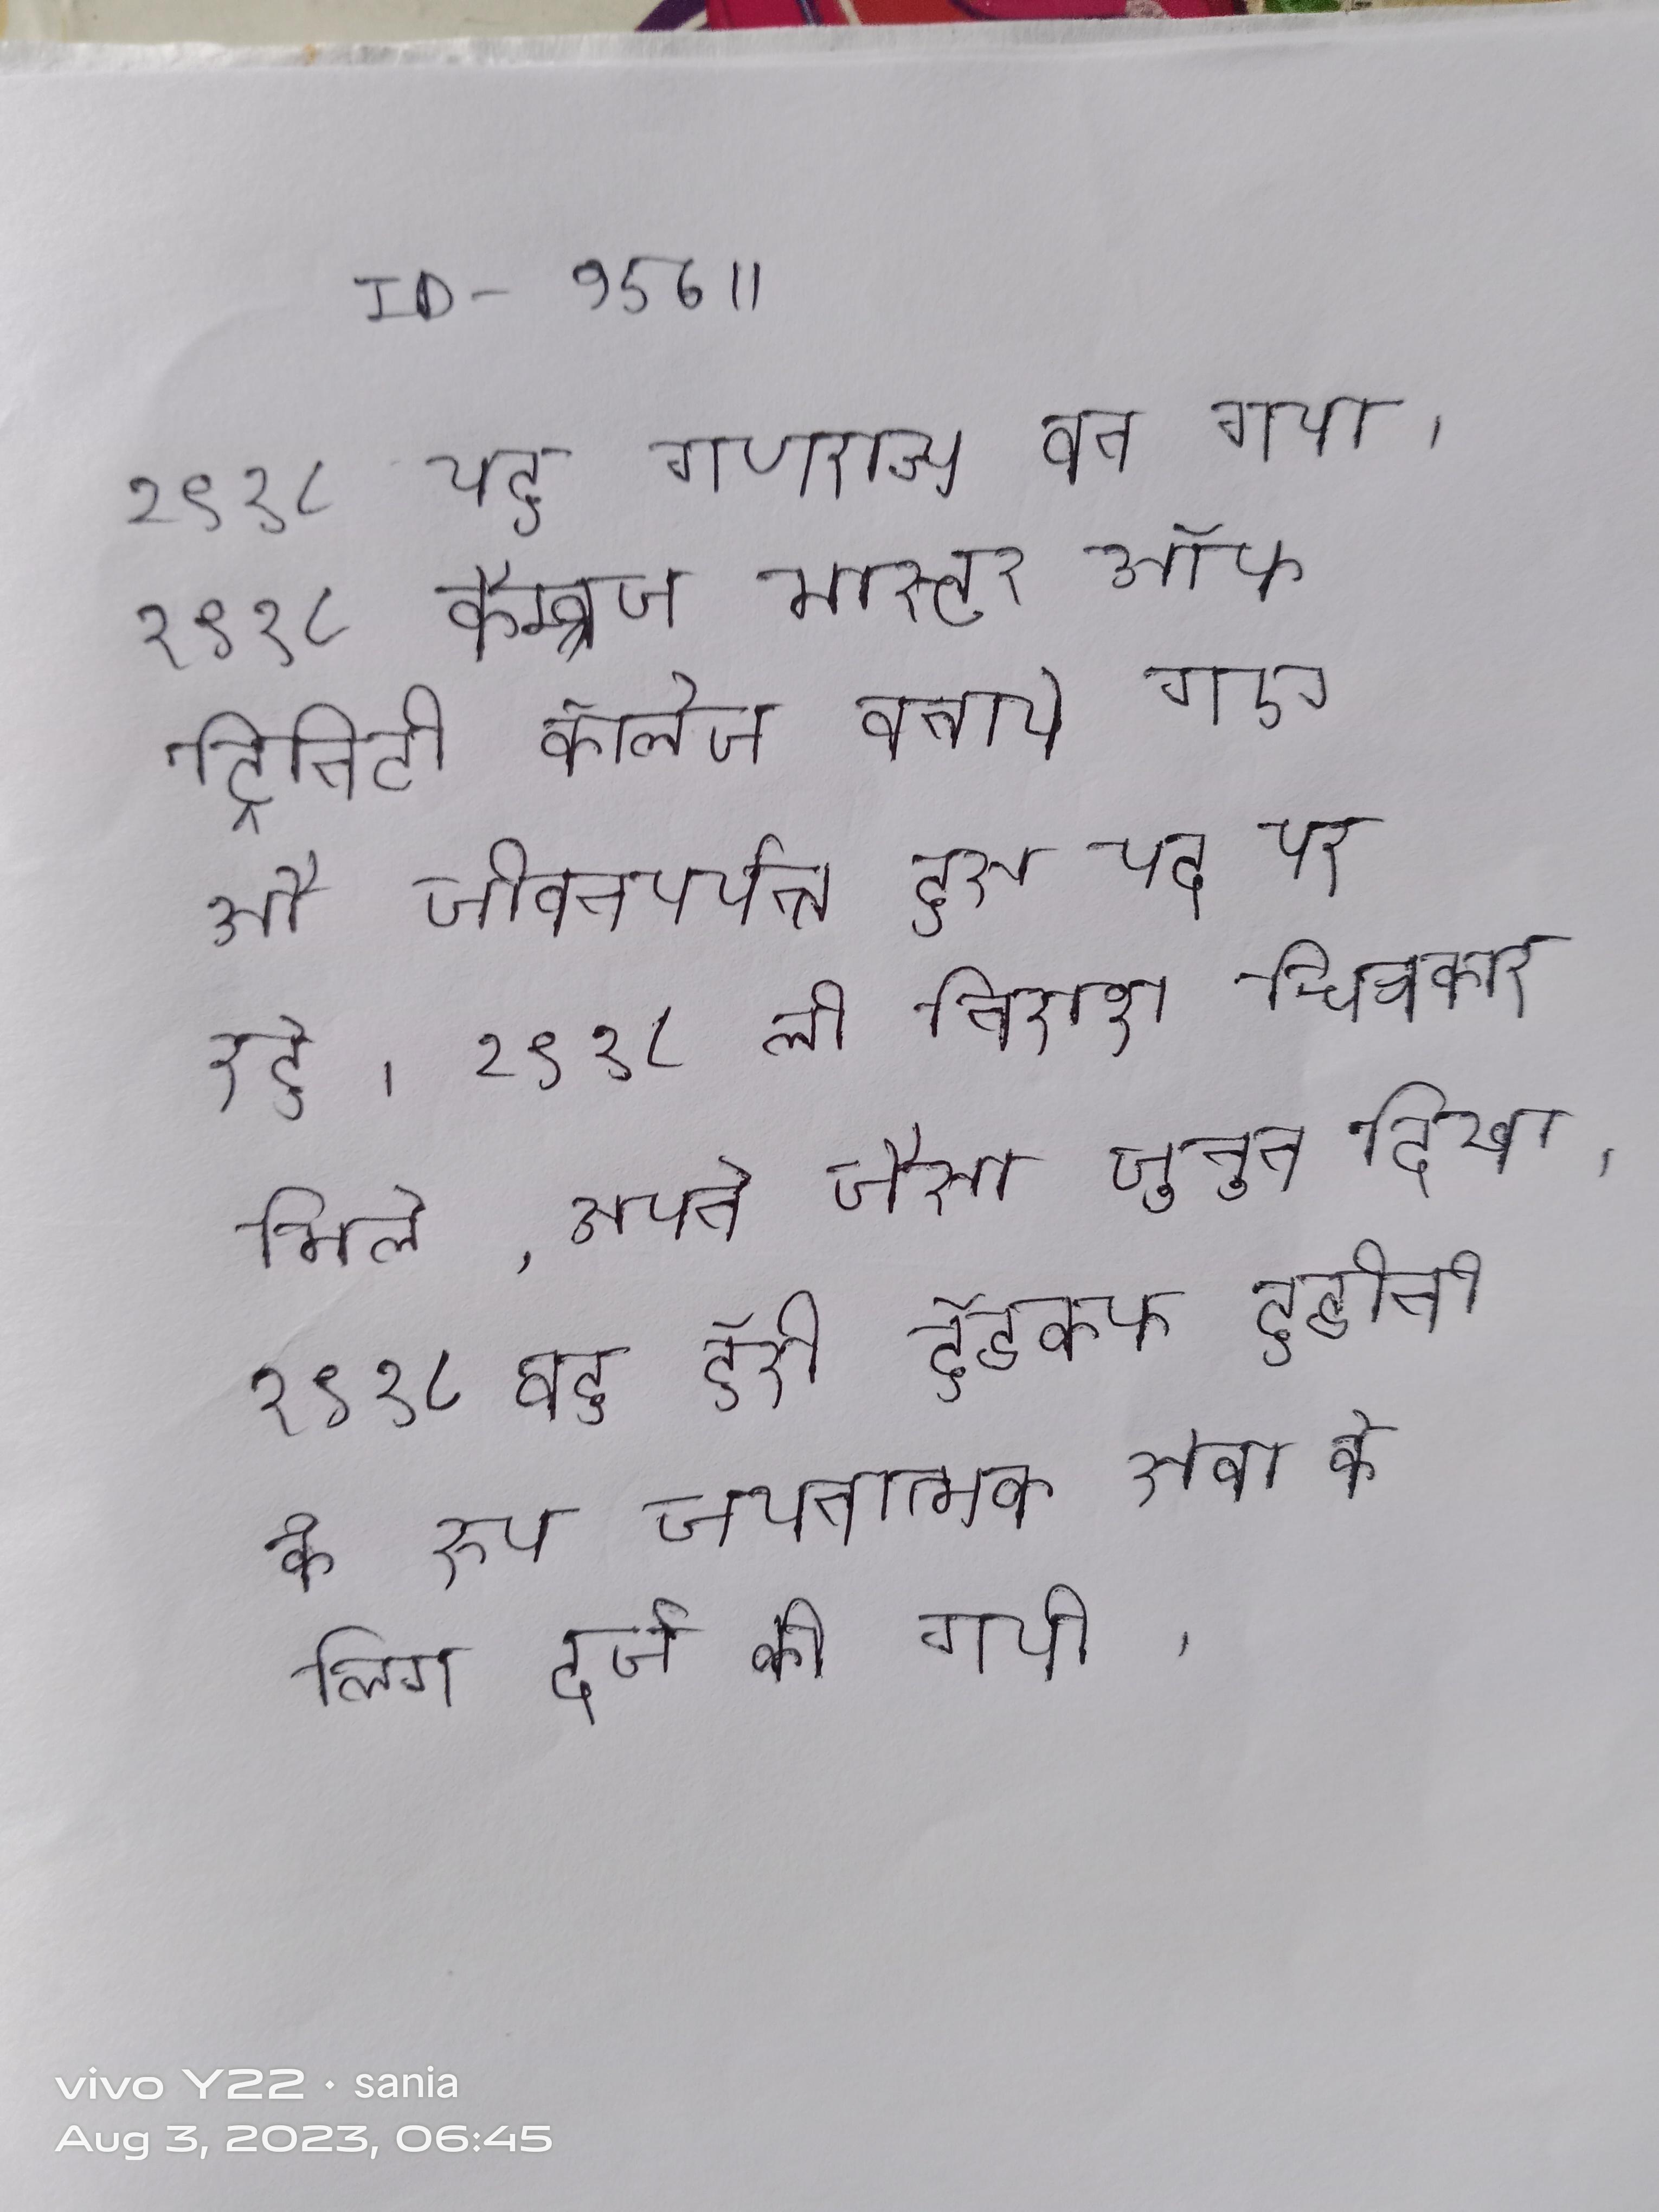
१९१८ यह गणराज्य बन गया । १९१८ ये कैम्ब्रिज मास्टर ऑफ ट्रिनिटी कॉलेज बनाये गए और जीवनपर्यन्त इस पद पर रहे । १९१८ ली निराश क्यूबवादी चित्रकार अमेदेई से मिले, अपने जैसा जुनून दिखा । १९१८ वह हॅरी हॅडकफ हुडीनी के रूप चयनात्मक सेवा के लिए दर्ज की गयी ।